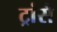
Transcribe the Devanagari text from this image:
ट्रांसै